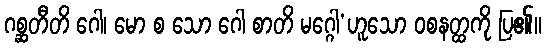
ဂစ္ဆတီတိ ဂေါ၊ မော စ သော ဂေါ စာတိ မဂ္ဂေါ’ဟူသော ဝစနတ္ထကို ပြ၏။